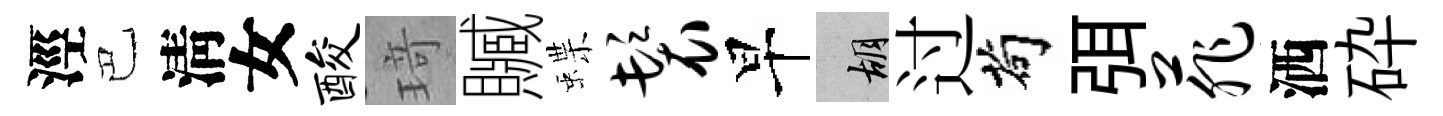
涇巴淸女酸𤦺贓蝶鬟早胡过茍弭菲洒砕